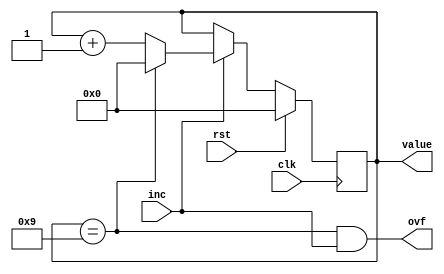
/*
   This file was generated automatically by the Mojo IDE version B1.3.6.
   Do not edit this file directly. Instead edit the original Lucid source.
   This is a temporary file and any changes made to it will be destroyed.
*/

module decimal_counter_9 (
    input clk,
    input rst,
    input inc,
    output reg ovf,
    output reg [3:0] value
  );
  
  
  
  reg [3:0] M_val_d, M_val_q = 1'h0;
  
  always @* begin
    M_val_d = M_val_q;
    
    value = M_val_q;
    ovf = M_val_q == 4'h9 && inc;
    if (inc) begin
      if (M_val_q == 4'h9) begin
        M_val_d = 1'h0;
      end else begin
        M_val_d = M_val_q + 1'h1;
      end
    end
  end
  
  always @(posedge clk) begin
    if (rst == 1'b1) begin
      M_val_q <= 1'h0;
    end else begin
      M_val_q <= M_val_d;
    end
  end
  
endmodule